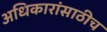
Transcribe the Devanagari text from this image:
अधिकारांसाठीच